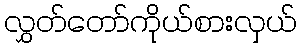
လွှတ်တော်ကိုယ်စားလှယ်